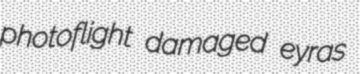
photoflight damaged eyras